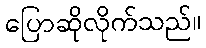
ပြောဆိုလိုက်သည်။